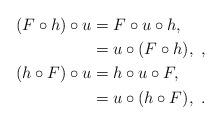
LaTeX: \begin{align*} (F \circ h) \circ u&=F \circ u \circ h,~ \\ &=u \circ (F \circ h),~, \\ (h \circ F) \circ u&=h \circ u \circ F,~ \\ &=u \circ (h \circ F),~. \end{align*}